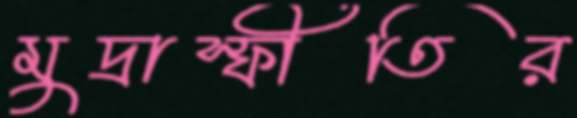
মুদ্রাস্ফীতির